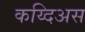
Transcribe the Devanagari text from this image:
कय्दिअस